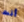
أنت